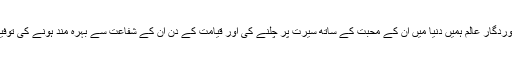
دعا ہے کہ پروردگار عالم ہمیں دنیا میں ان کے محبت کے ساتھ سیرت پر چلنے کی اور قیامت کے دن ان کے شفاعت سے بہرہ مند ہونے کی توفیق عطا ء فرما۔